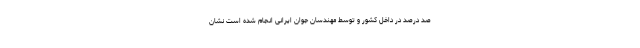
صد درصد در داخل کشور و توسط مهندسان جوان ایرانی انجام شده است نشان